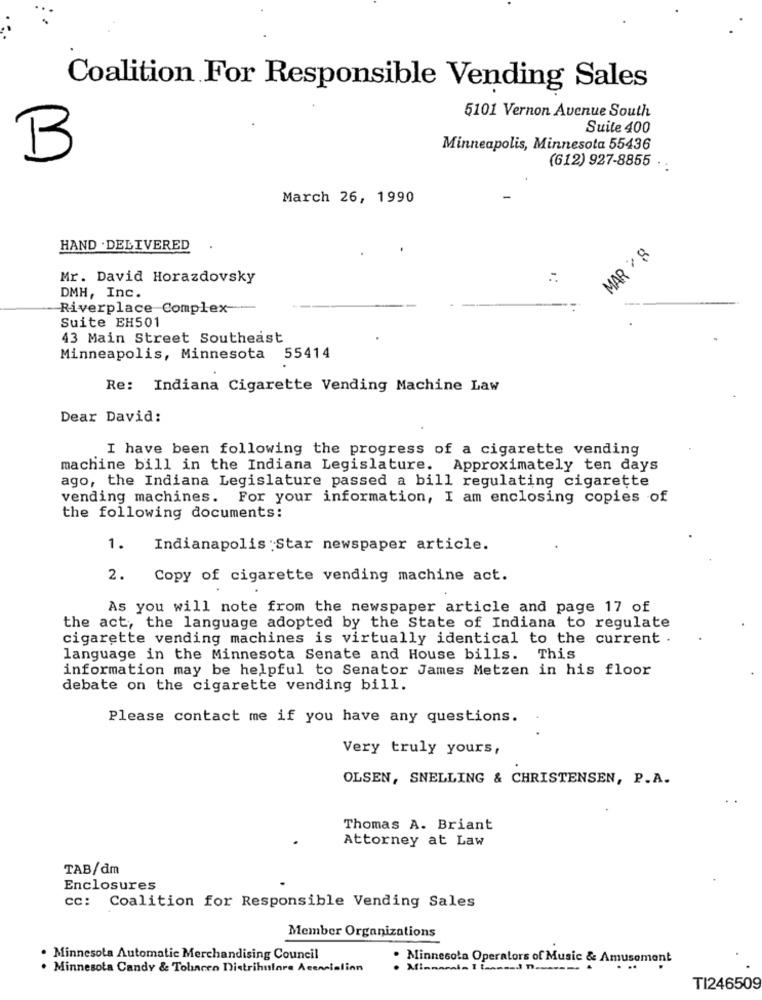
Coalition For Responsible Vending Sales
5101 Vernon Avenue South
Suite 400
Minneapolis, Minnesota 55436
B
(612) 927-8855 . .
March 26, 1990
HAND . DELIVERED
MAR 7 8
Mr. David Horazdovsky
DMH, Inc.
Riverplace Complex --
Suite EH501
43 Main Street Southeast
Minneapolis, Minnesota 55414
Re: Indiana Cigarette Vending Machine Law
Dear David:
I have been following the progress of a cigarette vending
machine bill in the Indiana Legislature. Approximately ten days
ago, the Indiana Legislature passed a bill regulating cigarette
vending machines. For your information, I am enclosing copies of
the following documents:
1.
Indianapolis :Star newspaper article.
2. Copy of cigarette vending machine act.
As you will note from the newspaper article and page 17 of
the act, the language adopted by the State of Indiana to regulate
cigarette vending machines is virtually identical to the current .
language in the Minnesota Senate and House bills. This
information may be helpful to Senator James Metzen in his floor
debate on the cigarette vending bill.
Please contact me if you have any questions.
Very truly yours,
OLSEN, SNELLING & CHRISTENSEN, P.A.
Thomas A. Briant
Attorney at Law
TAB/dm
Enclosures
cc: Coalition for Responsible Vending Sales
Member Organizations
. Minnesota Automatic Merchandising Council
. Minnesota Operators of Music & Amusement
. Minnesota Candy & Tolincen Distributore Acenelalinn
TI246509